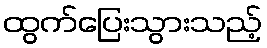
ထွက်ပြေးသွားသည့်